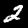
Digit: 2